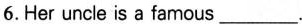
6. Her uncle is a famous___.